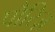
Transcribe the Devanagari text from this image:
पौरिज़